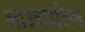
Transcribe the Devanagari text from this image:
लाउबाउटिन्स